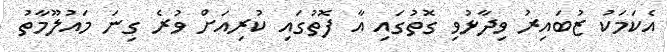
އެކަމަކު ޒުބައިރު ވިދާޅުވި ގޮތުގައި އާ ފޮތުގައި ކުރިއަށް ވުރެ ގިނަ މައުލޫމާތު